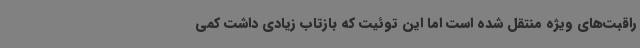
راقبت‌های ویژه منتقل شده است اما این توئیت که بازتاب زیادی داشت کمی